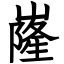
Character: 嶐